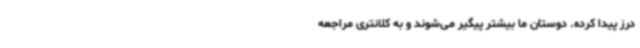
درز پیدا کرده. دوستان ما بیشتر پیگیر می‌شوند و به کلانتری مراجعه